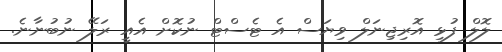
ލޮލް ފުޅި އޮރިޖިނަލް ވިޔަސް އެ ޓެސްޓް ނުކޮށް އެއީ ރަލޭ ނުބުނާނެ.